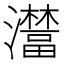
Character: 𤃺